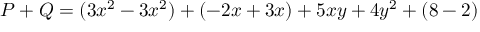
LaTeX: P + Q = ( 3 x ^ { 2 } - 3 x ^ { 2 } ) + ( - 2 x + 3 x ) + 5 x y + 4 y ^ { 2 } + ( 8 - 2 )